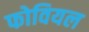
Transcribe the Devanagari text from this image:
फोवियल